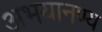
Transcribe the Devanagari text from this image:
अभयानण्‍य